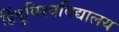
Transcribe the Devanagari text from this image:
हिंदूविश्वविद्यालय